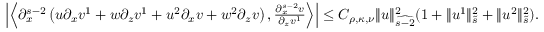
\begin{array} { r l } & { \left| \left\langle \partial _ { x } ^ { s - 2 } \left( u \partial _ { x } v ^ { 1 } + w \partial _ { z } v ^ { 1 } + u ^ { 2 } \partial _ { x } v + w ^ { 2 } \partial _ { z } v \right) , \frac { \partial _ { x } ^ { s - 2 } v } { \partial _ { z } v ^ { 1 } } \right\rangle \right| \leq C _ { \rho , \kappa , \nu } \| u \| _ { \widehat { s - 2 } } ^ { 2 } ( 1 + \| u ^ { 1 } \| _ { \tilde { s } } ^ { 2 } + \| u ^ { 2 } \| _ { \tilde { s } } ^ { 2 } ) . } \end{array}